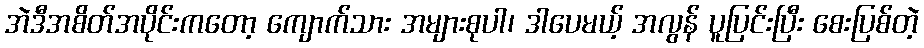
အဲဒီအစိတ်အပိုင်းကတော့ ကျောက်သား အများစုပါ၊ ဒါပေမယ့် အလွန် ပူပြင်းပြီး စေးပြစ်တဲ့